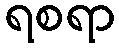
ရစရာ